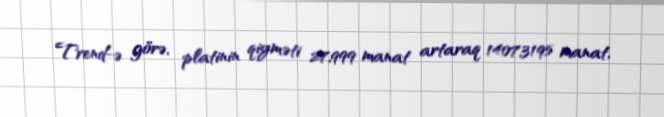
Trend-ə görə, platinin qiyməti 27,999 manat artaraq 1407,3195 manat,